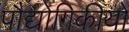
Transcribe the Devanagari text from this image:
पौद्योगिकीयों